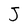
Character: J